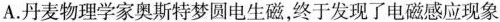
A.丹麦物理学家奥斯特梦圆电生磁，终于发现了电磁感应现象